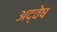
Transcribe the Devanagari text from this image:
अद्वेष